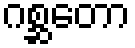
ဂစ္ဆတော